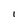
Character: 1